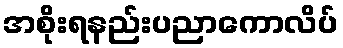
အစိုးရနည်းပညာကောလိပ်